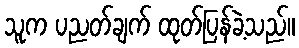
သူက ပညတ်ချက် ထုတ်ပြန်ခဲ့သည်။